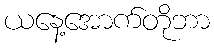
ယနေ့အောက်တိုဘာ